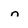
Character: n